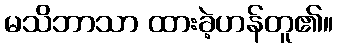
မသိဘာသာ ထားခဲ့ဟန်တူ၏။